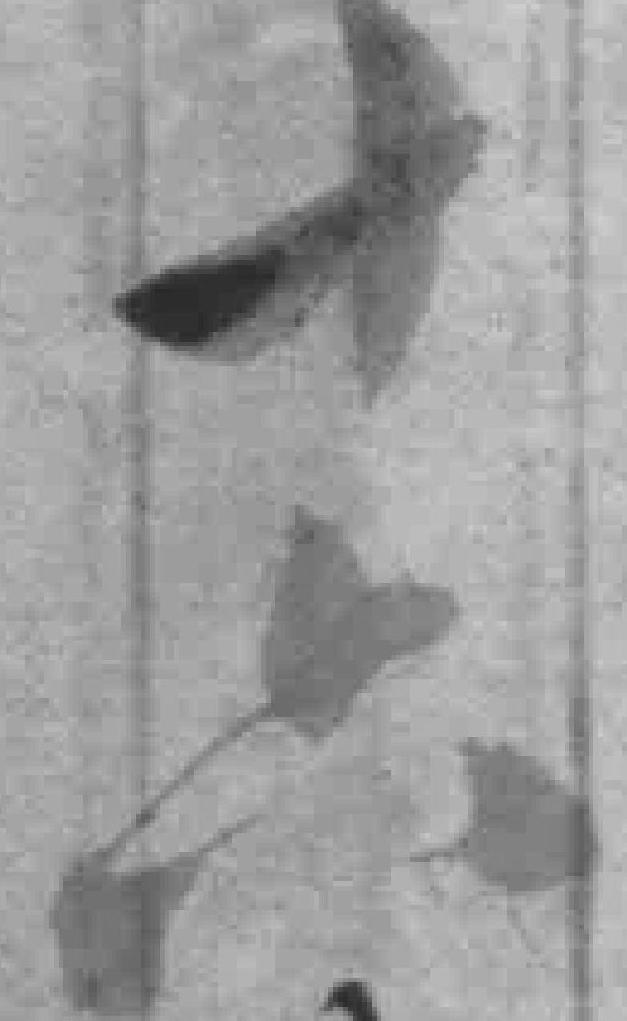
十六